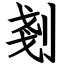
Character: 剗